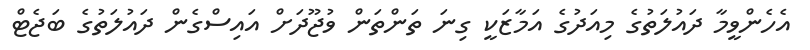
އެހެންވީމާ ދައުލަތުގެ މިއަދުގެ އަމާޒަކީ ގިނަ ތަންތަން ވުޖޫދަށް އައިސްގެން ދައުލަތުގެ ބަޖެޓް